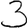
Digit: 3